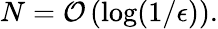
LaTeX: N=\mathcal{O}\left(\log(1/\epsilon)\right).